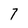
Character: 7